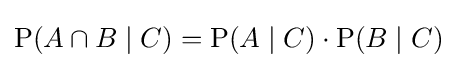
\mathrm {P} (A\cap B\mid C)=\mathrm {P} (A\mid C)\cdot \mathrm {P} (B\mid C)